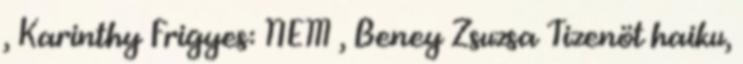
, Karinthy Frigyes: NEM , Beney Zsuzsa Tizenöt haiku,